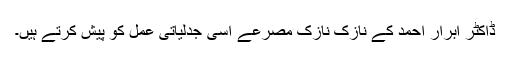
ڈاکٹر ابرار احمد کے نازک نازک مصرعے اسی جدلیاتی عمل کو پیش کرتے ہیں۔